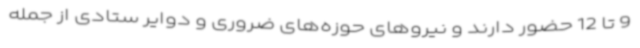
9 تا 12 حضور دارند و نیروهای حوزه‌های ضروری و دوایر ستادی از جمله